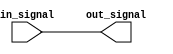
module NonInvertingBuffer (
    input wire in_signal,
    output reg out_signal
);

    always @(in_signal)
    begin
        out_signal <= in_signal;
    end

endmodule